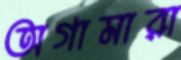
অগামারা